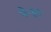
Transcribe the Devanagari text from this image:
पेन्हा